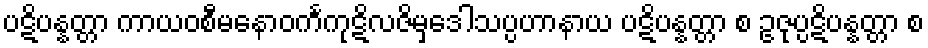
ပဋိပန္နတ္တာ ကာယဝစီမနောဝင်္ကကုဋိလဇိမှဒေါသပ္ပဟာနာယ ပဋိပန္နတ္တာ စ ဥဇုပ္ပဋိပန္နတ္တာ စ